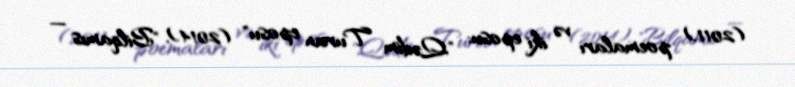
(2011) poemaları və iki eposu: "Qədim Turan eposu" (2014), "Bilqamıs —